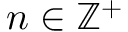
n \in \mathbb { Z } ^ { + }